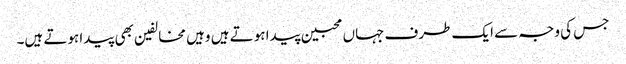
جس کی وجہ سے ایک طرف جہاں محبین پیدا ہوتے ہیں وہیں مخالفین بھی پیدا ہوتے ہیں۔